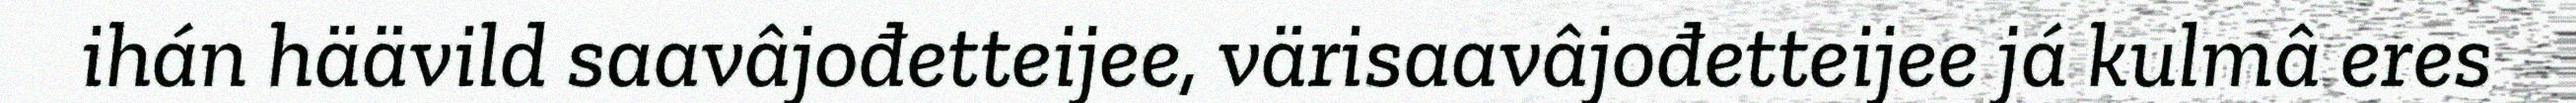
ihán häävild saavâjođetteijee, värisaavâjođetteijee já kulmâ eres